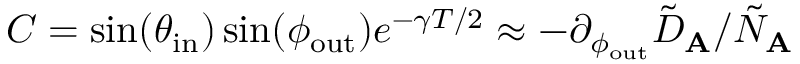
C = \sin ( \theta _ { \mathrm { i n } } ) \sin ( \phi _ { \mathrm { o u t } } ) e ^ { - \gamma T / 2 } \approx - \partial _ { \phi _ { \mathrm { o u t } } } \tilde { D } _ { \mathbf { A } } / \tilde { N } _ { \mathbf { A } }